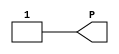
// $Header: /devl/xcs/repo/env/Databases/CAEInterfaces/verunilibs/data/unisims/VCC.v,v 1.4.158.1 2007/03/09 18:13:20 patrickp Exp $
///////////////////////////////////////////////////////////////////////////////
// Copyright (c) 1995/2004 Xilinx, Inc.
// All Right Reserved.
///////////////////////////////////////////////////////////////////////////////
//   ____  ____
//  /   /\/   /
// /___/  \  /    Vendor : Xilinx
// \   \   \/     Version : 8.1i (I.13)
//  \   \         Description : Xilinx Functional Simulation Library Component
//  /   /                  VCC Connection
// /___/   /\     Filename : VCC.v
// \   \  /  \    Timestamp : Thu Mar 25 16:43:41 PST 2004
//  \___\/\___\
//
// Revision:
//    03/23/04 - Initial version.
// End Revision

`timescale  100 ps / 10 ps


module VCC(P);

    output P;

	assign P = 1'b1;

endmodule